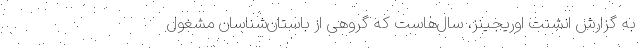
به گزارش انشنت اوریجینز، سال‌هاست که گروهی از باستان‌شناسان مشغول